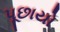
પૂછાયો